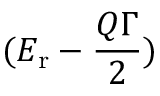
( E _ { \mathrm { r } } - \frac { Q \Gamma } { 2 } )